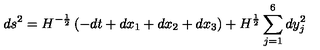
d s ^ { 2 } = H ^ { - \frac 1 2 } \left( - d t + d x _ { 1 } + d x _ { 2 } + d x _ { 3 } \right) + H ^ { \frac 1 2 } \sum _ { j = 1 } ^ { 6 } d y _ { j } ^ { 2 }